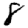
Digit: 8